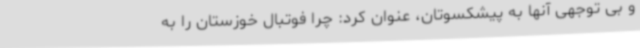
و بی توجهی آنها به پیشکسوتان، عنوان کرد: چرا فوتبال خوزستان را به